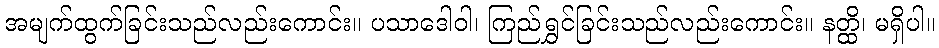
အမျက်ထွက်ခြင်းသည်လည်းကောင်း။ ပသာဒေါဝါ၊ ကြည်ရွှင်ခြင်းသည်လည်းကောင်း။ နတ္ထိ၊ မရှိပါ။